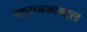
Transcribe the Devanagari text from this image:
राष्ट्रध्वजाबद्दल